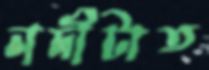
নদীটাত